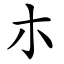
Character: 朩